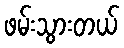
ဖမ်းသွားတယ်